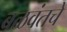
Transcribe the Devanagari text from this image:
बळवंतचे